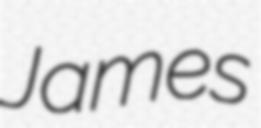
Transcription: James